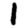
Digit: 1